Indian Medical Review
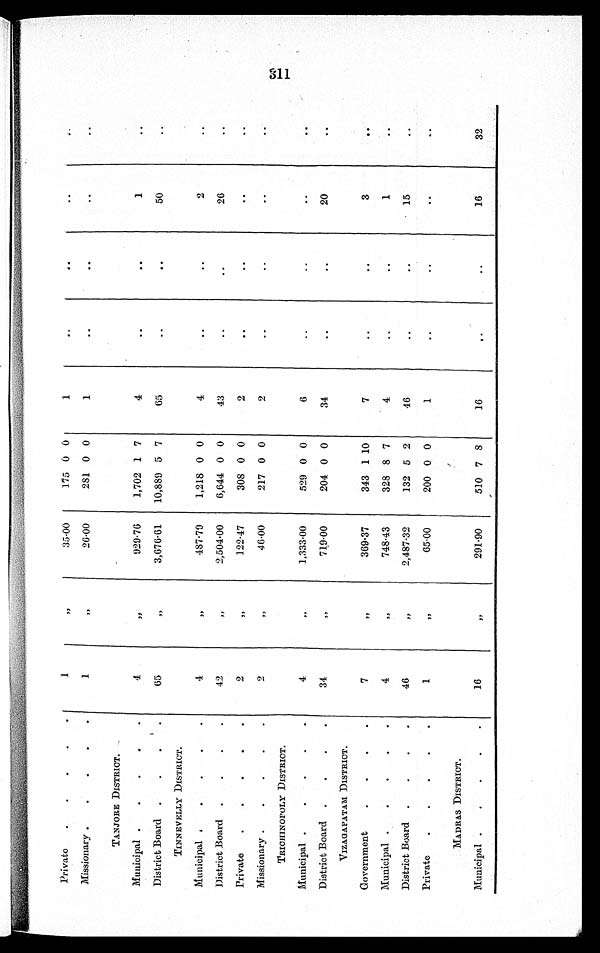
Private
1
„
35·00
175 0 0
1
. .
..
. .
. .
Missionary
1
, ,
26·00
281 0 0
1
..
..
..
. .
TANJORE DISTRICT.
Municipal
4
, ,
929·76
1,702 1 7
4
..
. .
1
..
District Board
65
, ,
3,676·61
10,889 5 7
65
..
. .
50
. .
TINNEVELLY DISTRICT.
Municipal
4
, ,
487·79
1,218 0 0
4
..
..
2
..
District Board
42
„
2,504·00
6,644 0 0
43
..
. .
26
..
Private
2
, ,
122·47
308 0 0
2
..
..
..
..
Missionary
2
„
46·00
217 0 0
2
..
..
..
. .
TRICHINOPOLY DISTRICT.
Municipal
4
, ,
1,333·00
529 0 0
6
..
..
..
. .
District Board
34
, ,
719·00
204 0 0
34
..
..
20
..
VIZAGAPATAM DISTRICT.
Government
7
,,
369·37
343 1 10
7
..
..
3
. .
Municipal
4
,,
748·43
328 8 7
4
..
..
1
..
District Board
4 6
„
2,487·32
132 5 2
46
..
..
15
. .
Private
1
„
65·00
200 0 0
1
..
..
..
MADRAS DISTRICT.
Municipal
16
„
291·90
510 7 8
16
. .
..
16
32
3 1 1